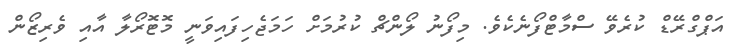
އަޕްގްރޭޑް ކުރެވޭ ސްމާޓްފޯނެކެވެ. މިފޯނު ލޯންޗް ކުރުމަށް ހަމަޖެހިފައިވަނީ މޮޓޮރޯލާ އާއި ވެރިޒޯން